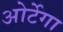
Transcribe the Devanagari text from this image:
ओर्टेगा